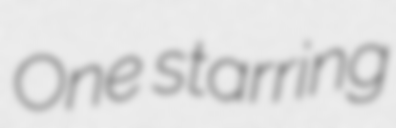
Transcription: One starring